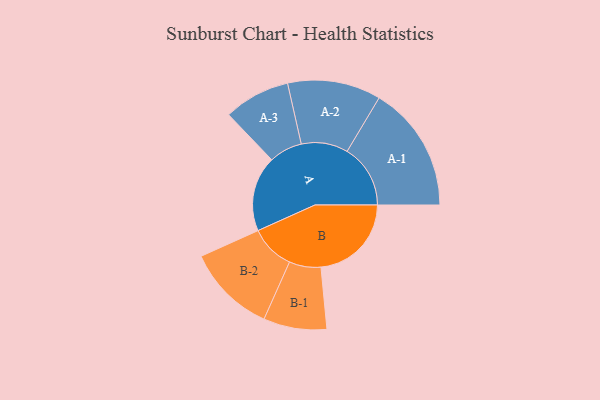
{"axis": {"x": "Segment", "y": "Value"}, "legend": ["", "A", "B"], "data": [{"x": "A", "y": 336, "type": ""}, {"x": "B", "y": 403, "type": ""}, {"x": "A-1", "y": 282, "type": "A"}, {"x": "A-2", "y": 208, "type": "A"}, {"x": "A-3", "y": 148, "type": "A"}, {"x": "B-1", "y": 141, "type": "B"}, {"x": "B-2", "y": 199, "type": "B"}]}